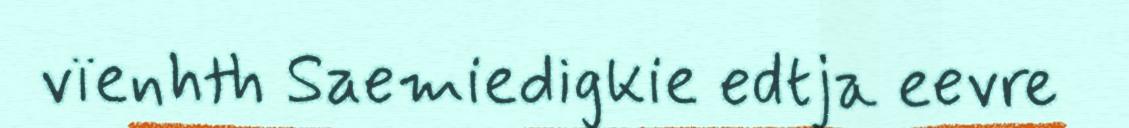
vïenhth Saemiedigkie edtja eevre